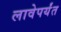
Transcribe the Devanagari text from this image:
लावेपर्यंत